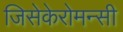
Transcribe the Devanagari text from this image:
जिसेकेरोमन्सी